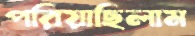
পরিয়াছিলাম